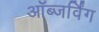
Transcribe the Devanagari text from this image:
ऑब्जर्विंग